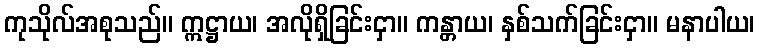
ကုသိုလ်အစုသည်။ ဣဋ္ဌာယ၊ အလိုရှိခြင်းငှာ။ ကန္တာယ၊ နှစ်သက်ခြင်းငှာ။ မနာပါယ၊